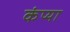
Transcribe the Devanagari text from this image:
कंप्या